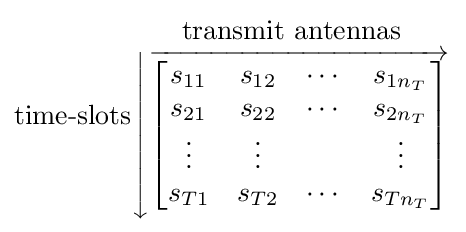
{\text{time-slots}}{\begin{matrix}{\text{transmit antennas}}\\\left\downarrow {\overrightarrow {\begin{bmatrix}s_{11}&s_{12}&\cdots &s_{1n_{T}}\\s_{21}&s_{22}&\cdots &s_{2n_{T}}\\\vdots &\vdots &&\vdots \\s_{T1}&s_{T2}&\cdots &s_{Tn_{T}}\end{bmatrix}}}\right.\end{matrix}}